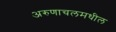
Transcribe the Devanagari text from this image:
अरुणाचलमधील